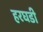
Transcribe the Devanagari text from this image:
हरघडी